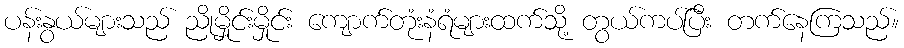
ပန်းနွယ်များသည် ညိုမှိုင်းမှိုင်း ကျောက်တုံးနံရံများထက်သို့ တွယ်ကပ်ပြီး တက်နေကြသည်။